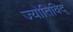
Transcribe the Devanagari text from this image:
ज्योतिविद्